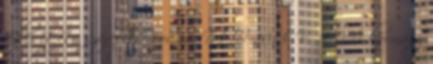
fejlesztése szerepel. Forrás: MTI 2013. V. 10. A kormány